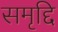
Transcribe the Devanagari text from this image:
समृद्दि